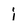
Character: j